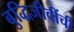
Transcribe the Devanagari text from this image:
बुद्धिजीवींची